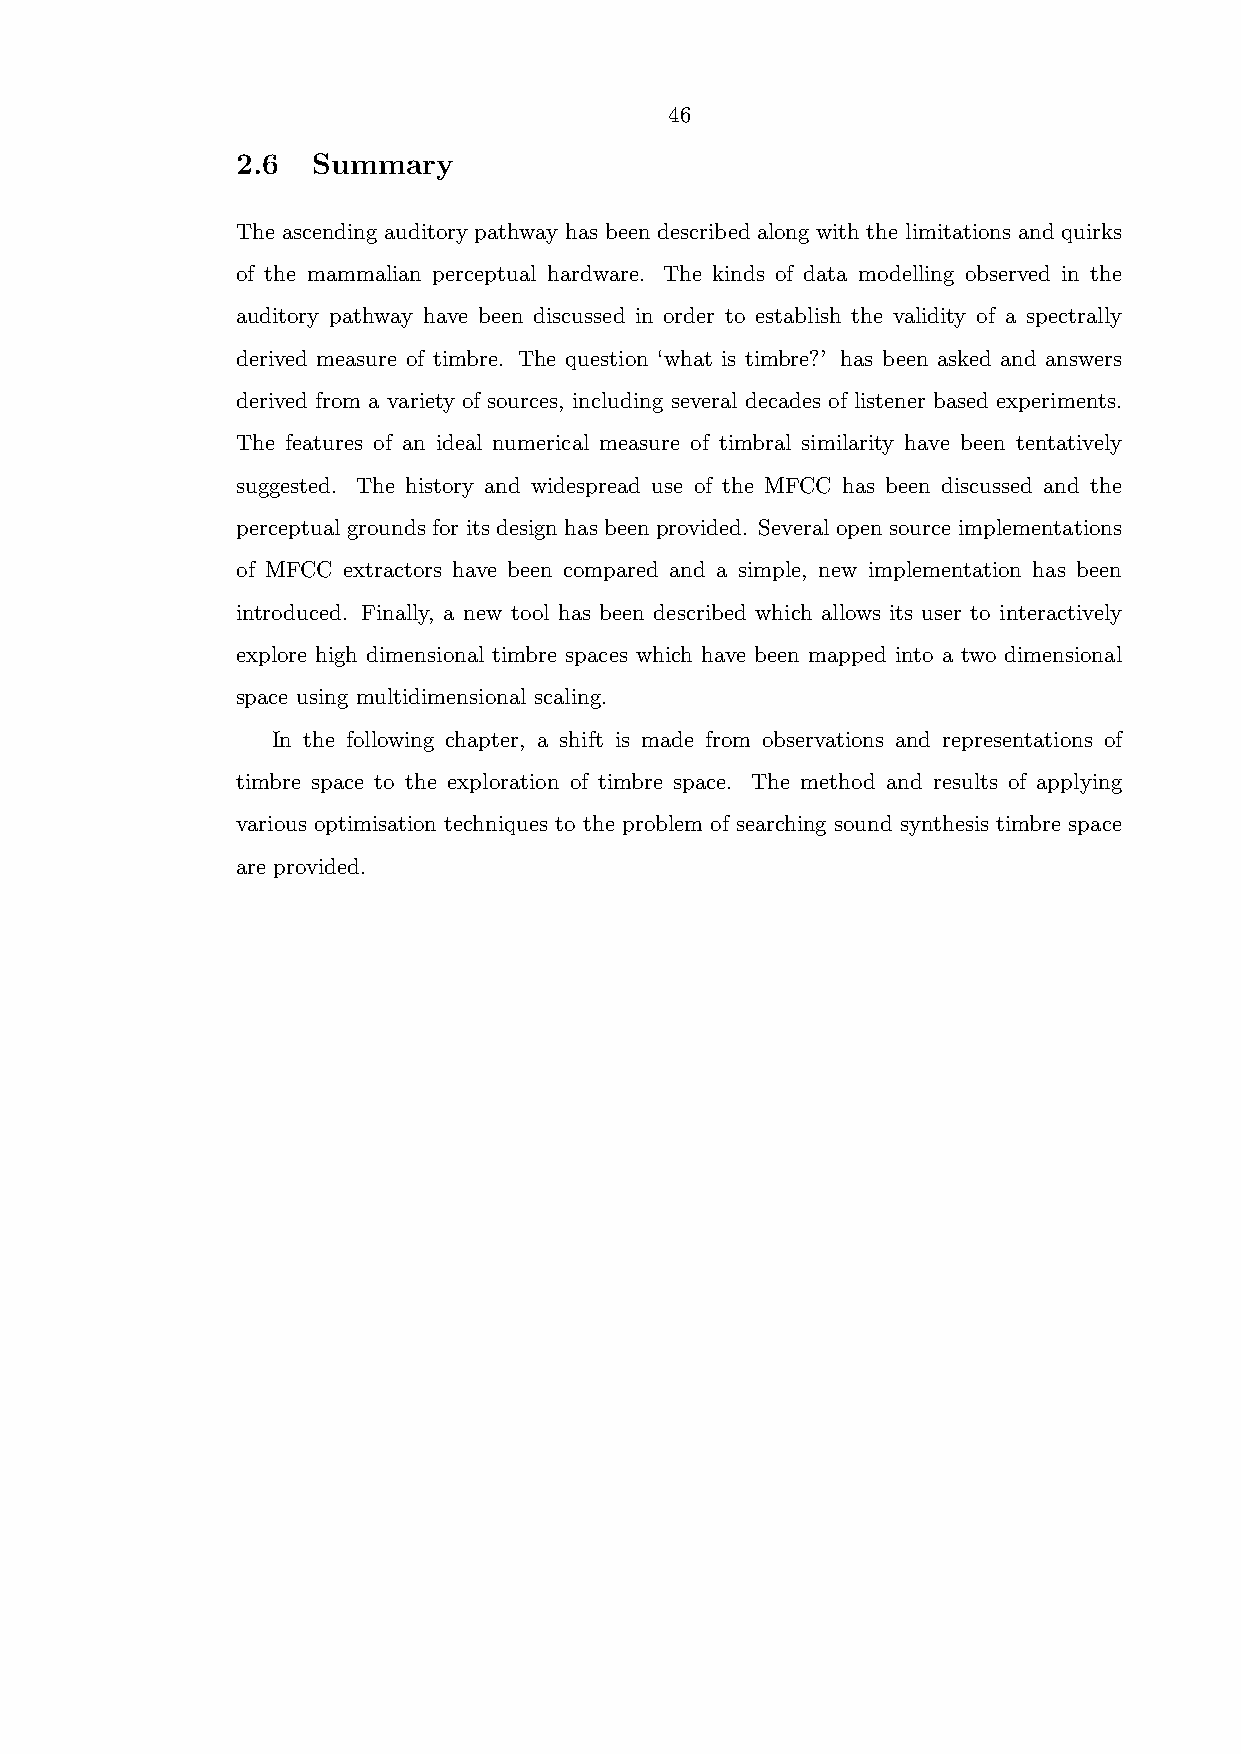
46
 2.6  Summary
 The ascending auditory pathway has been described along with the limitations and quirks
 of the mammalian perceptual hardware. The kinds of data modelling observed in the
 auditory pathway have been discussed in order to establish the validity of a spectrally
 derived measure of timbre. The question ‘what is timbre?’ has been asked and answers
 derived from a variety of sources, including several decades of listener based experiments.
 The features of an ideal numerical measure of timbral similarity have been tentatively
 suggested. The history and widespread use of the MFCC has been discussed and the
 perceptual grounds for its design has been provided. Several open source implementations
 of MFCC extractors have been compared and a simple, new implementation has been
 introduced. Finally, a new tool has been described which allows its user to interactively
 explore high dimensional timbre spaces which have been mapped into a two dimensional
 space using multidimensional scaling.
 In the following chapter, a shift is made from observations and representations of
 timbre space to the exploration of timbre space. The method and results of applying
 various optimisation techniques to the problem of searching sound synthesis timbre space
 are provided.